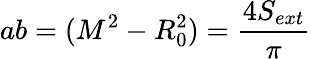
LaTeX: ab=(M^{2}-R_{0}^{2})=\frac{4S_{ext}}{\pi}